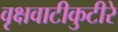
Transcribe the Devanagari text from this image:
वृक्षवाटीकुटीरे